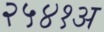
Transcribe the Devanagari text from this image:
२५४१अ